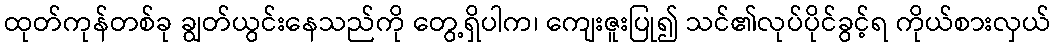
ထုတ်ကုန်တစ်ခု ချွတ်ယွင်းနေသည်ကို တွေ့ရှိပါက၊ ကျေးဇူးပြု၍ သင်၏လုပ်ပိုင်ခွင့်ရ ကိုယ်စားလှယ်